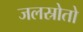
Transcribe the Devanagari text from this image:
जलस्रोतो